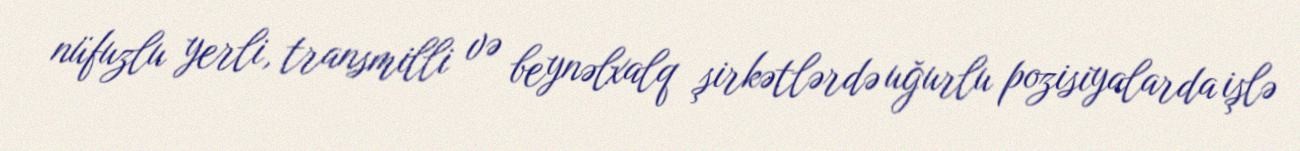
nüfuzlu yerli, transmilli və beynəlxalq şirkətlərdə uğurlu pozisiyalarda işlə